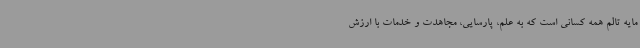
مایه‌ تالم همه‌ کسانی است که به علم، پارسایی، مجاهدت و خدمات با ارزش